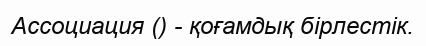
Ассоциация () - қоғамдық бірлестік.